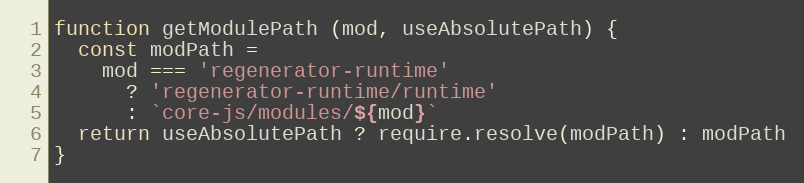
Language: JavaScript
function getModulePath (mod, useAbsolutePath) {
  const modPath =
    mod === 'regenerator-runtime'
      ? 'regenerator-runtime/runtime'
      : `core-js/modules/${mod}`
  return useAbsolutePath ? require.resolve(modPath) : modPath
}